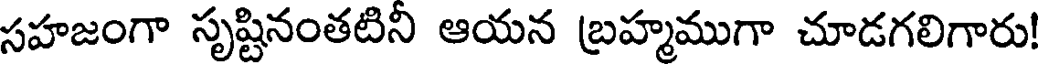
సహజంగా సృష్టినంతటిని ఆయన బ్రహ్మముగా చూడగలిగారు!